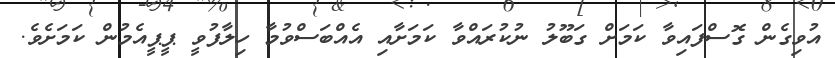
އުވިގެން ގޮސްފައިވާ ކަމަށް ގަބޫލު ނުކުރައްވާ ކަމަށާއި އެއްބަސްވުމާ ހިލާފުވީ ޕީޕީއެމުން ކަމަށެވެ.